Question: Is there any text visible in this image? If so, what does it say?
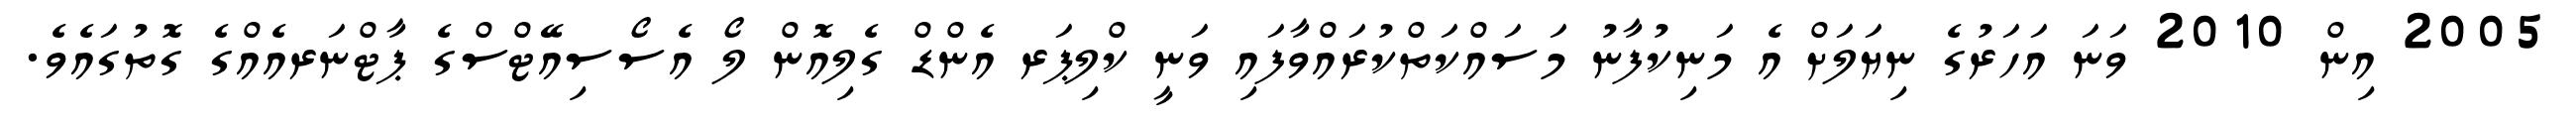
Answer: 2005 އިން 2010 ވަނަ އަހަރުގެ ނިޔަލަށް އެ މަނިކުފާނު މަސައްކަތްކުރައްވާފައި ވަނީ ކްލިޕަރ އެންޑް ގެލިއޮން ލޯ އެސޯސިއޭޓްސްގެ ޕާޓްނަރއެއްގެ ގޮތުގައެވެ.